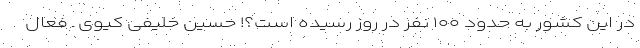
در این کشور به حدود ۱۰۰ نفر در روز رسیده است؟! حسین خلیفی کیوی ـ فعال